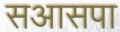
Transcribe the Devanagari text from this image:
सआसपा